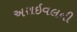
અરાઇવલની